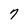
Character: 7